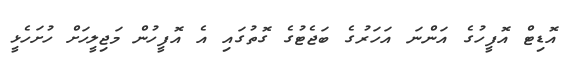
އޮޑިޓް އޮފީހުގެ އަންނަ އަހަރުގެ ބަޖެޓުގެ ގޮތުގައި އެ އޮފީހުން މަޖިލީހަށް ހުށަހެޅީ